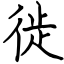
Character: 徙